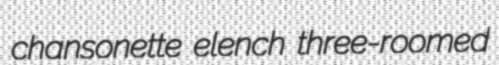
chansonette elench three-roomed